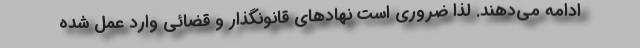
ادامه می‌دهند. لذا ضروری است نهادهای قانونگذار و قضائی وارد عمل شده